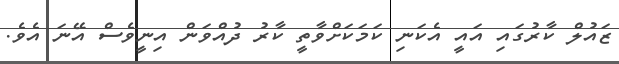
ޒައުލް ކާރުގައި އައީ އެކަނި ކަމަކަށްވާތީ ކާރު ދުއްވަން އިނީވެސް އޭނަ އެވެ.